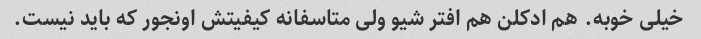
خیلی خوبه. هم ادکلن هم افتر شیو ولی متاسفانه کیفیتش اونجور که باید نیست.